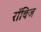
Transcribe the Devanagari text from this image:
रॉबिज